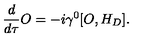
\frac { d } { d \tau } O = - i \gamma ^ { 0 } [ O , H _ { D } ] .